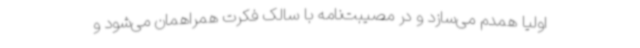
اولیا همدم می‌سازد و در مصیبت‌نامه با سالک فکرت همراهمان می‌شود و